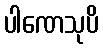
ပါဏေသုပိ